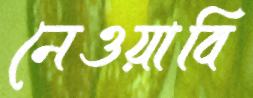
নেওয়াবি